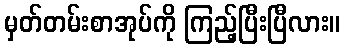
မှတ်တမ်းစာအုပ်ကို ကြည့်ပြီးပြီလား။